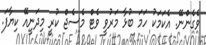
ވެގެންނޭ. އެކަމަކު ހަމަ ބުޅާ މަރުވީ ވެޓް މެސެޖް ކުރީ މިދަނީއޭ ކިޔާފަ.